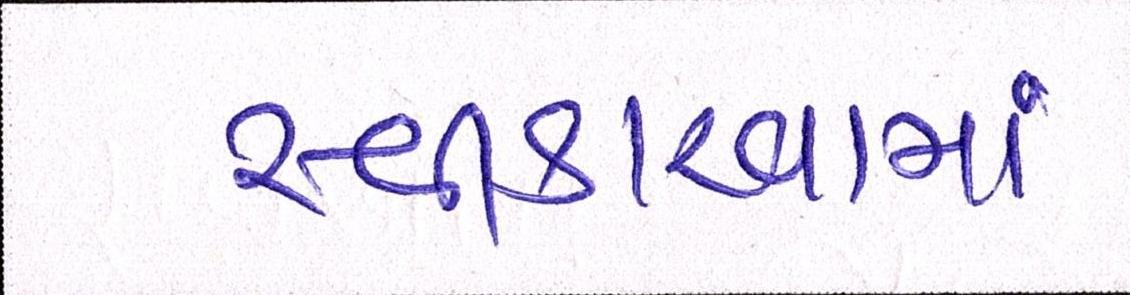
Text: સ્વીકારવામાં